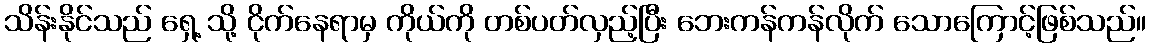
သိန်းနိုင်သည် ရှေ့ သို့ ငိုက်နေရာမှ ကိုယ်ကို တစ်ပတ်လှည့်ပြီး ဘေးကန်ကန်လိုက် သောကြောင့်ဖြစ်သည်။